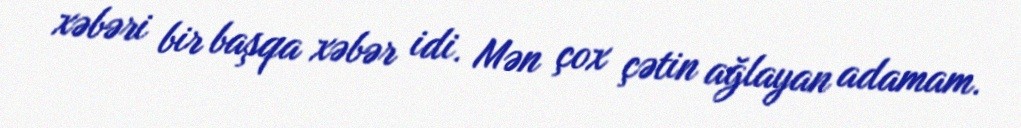
xəbəri bir başqa xəbər idi. Mən çox çətin ağlayan adamam.